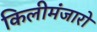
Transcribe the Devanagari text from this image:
किलीमंजारो